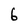
Character: 6